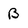
Character: B